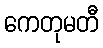
ကေတုမတီ